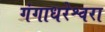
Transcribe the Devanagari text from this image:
गंगाधरेश्वरा